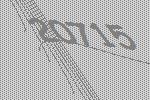
20715